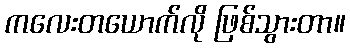
ကလေးတယောက်လို ဖြစ်သွားတာ။